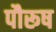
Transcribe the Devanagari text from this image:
पौरूष